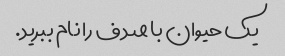
یک حیوان با صدف را نام ببرید.